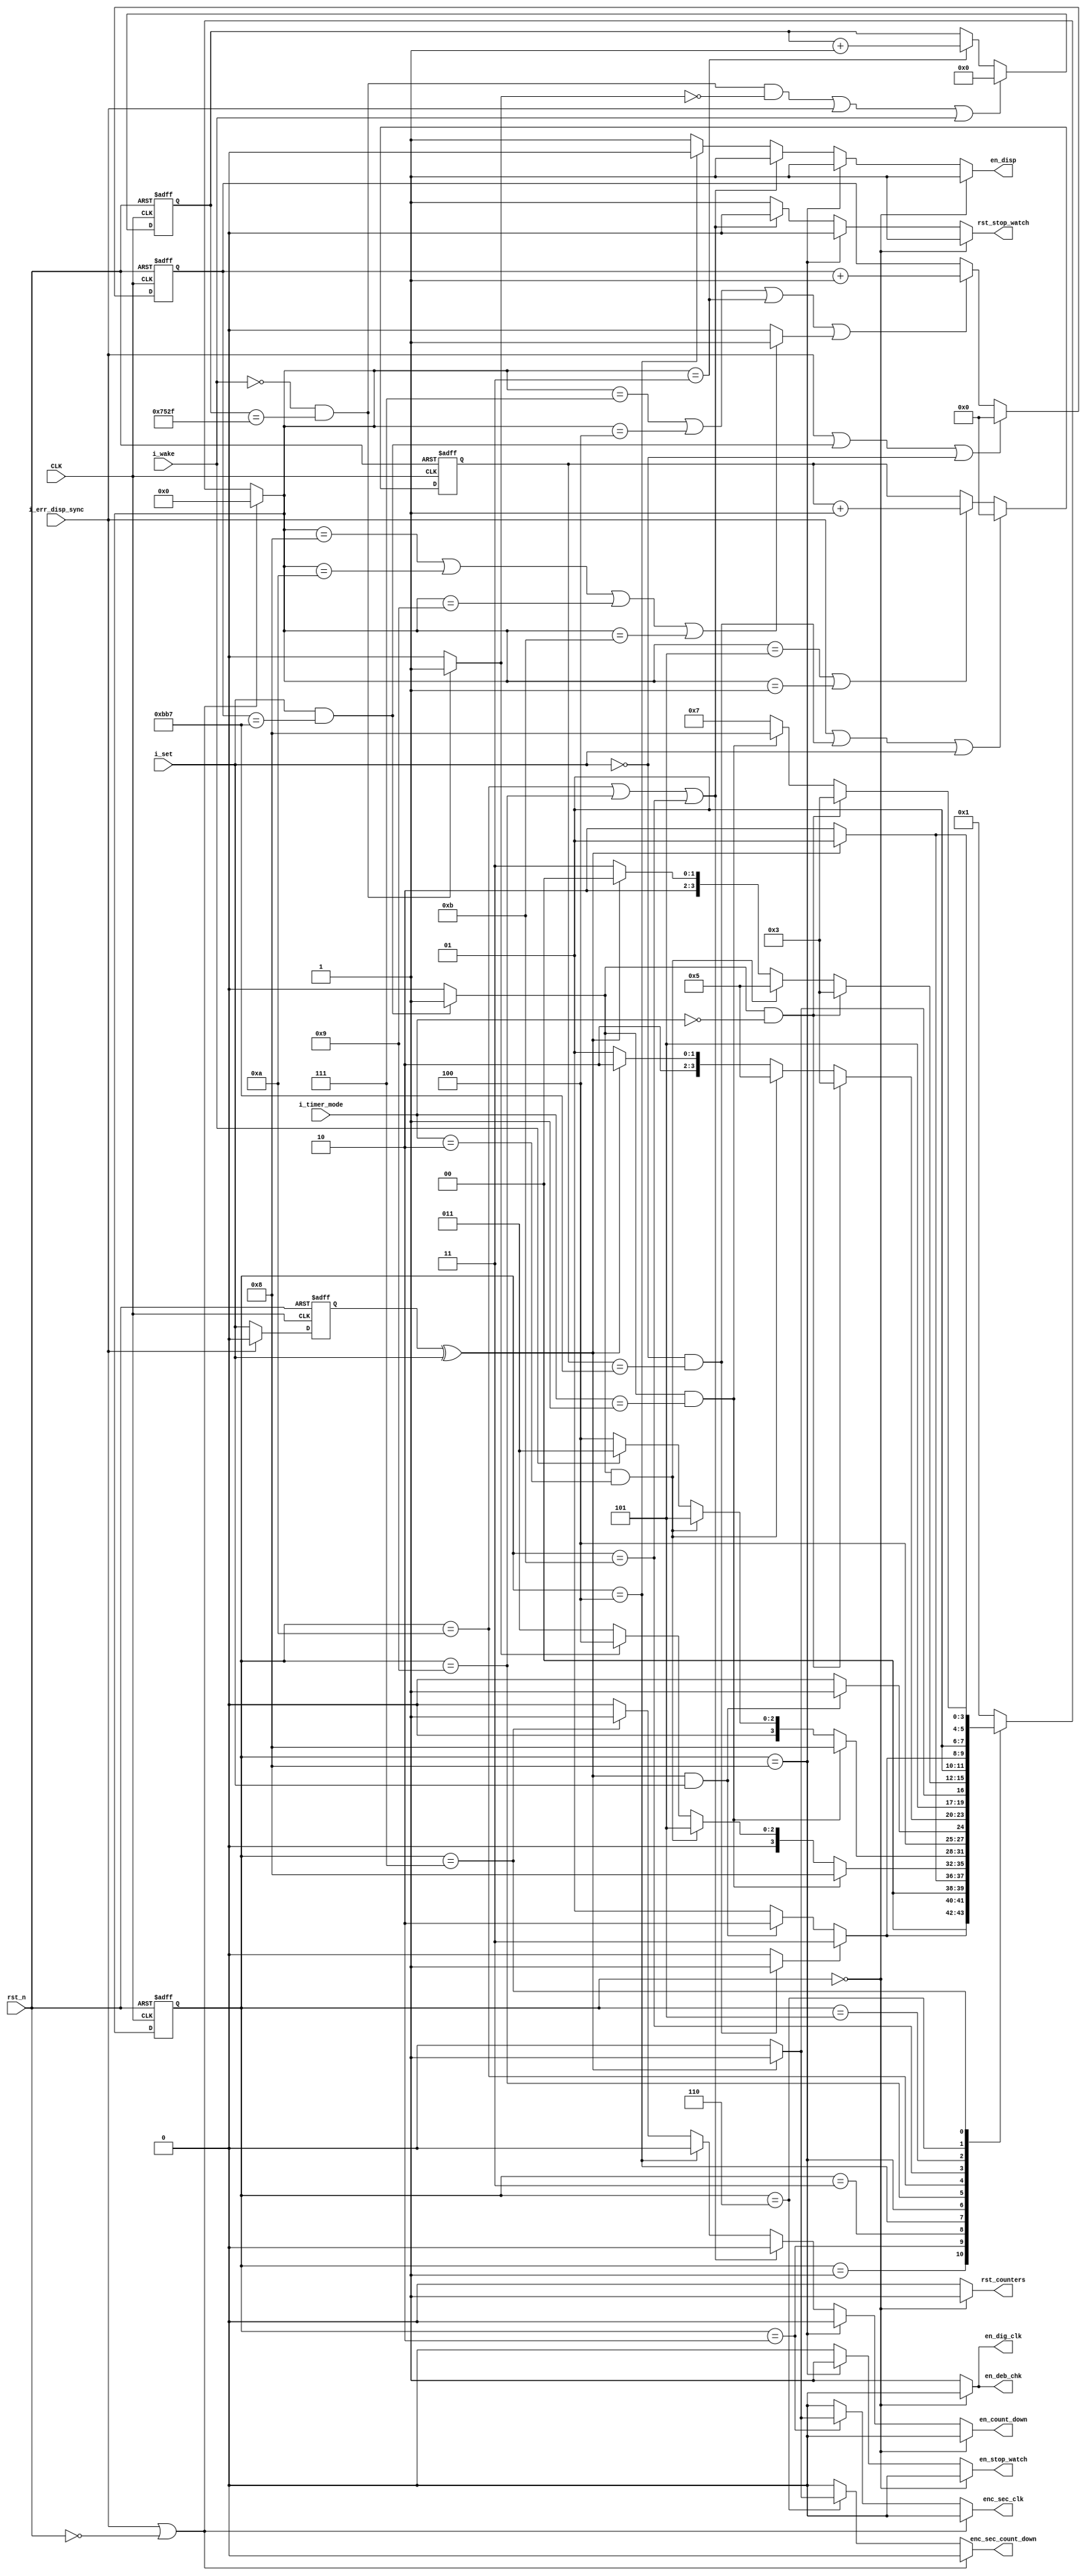
module FSM (
	input  wire rst_n,
	input  wire CLK, // 1KHz

	input  wire 	  i_set,
	input  wire 	  i_wake,
	input  wire [1:0] i_timer_mode,
	input  wire 	  i_err_disp_sync,

	output reg        rst_counters,
	output reg        en_deb_chk,
	output reg   	  en_disp,
	output reg   	  en_dig_clk,
	output reg   	  enc_sec_clk,
	output reg   	  en_stop_watch,
	output reg   	  rst_stop_watch,
	output reg   	  en_count_down,
	output reg   	  enc_sec_count_down
);

localparam SYS_RST            = 4'b0000;

localparam DIG_CLK_CONFIG     = 4'b0001;
localparam DIG_CLK_ENC        = 4'b0010;
localparam DIG_CLK_MODE       = 4'b0011;
localparam SLEEP              = 4'b0100;

localparam COUNT_DOWN_CONFIG  = 4'b0101;
localparam COUNT_DOWN_ENC     = 4'b0110;
localparam COUNT_DOWN_MODE    = 4'b0111;

localparam STOP_WATCH_ON      = 4'b1000;
localparam STOP_WATCH_STEADY1 = 4'b1001;
localparam STOP_WATCH_OFF     = 4'b1010;
localparam STOP_WATCH_STEADY2 = 4'b1011;

// Counters
reg  [14:0] count_30secs;
reg  [11:0] count_3secs_active;
reg  [11:0] count_3secs_idle;

// States 
reg [3:0]   CS;
reg [3:0]   NS;

wire        stp_watch_states;

wire pulse_gen;
wire kept_pressed;
reg  btn_pressed;

// Flags
wire        flag_30secs;
wire        flag_3secs_active; // For i_set kept pressed   for 3 secs
wire        flag_3secs_idle;   // For i_set kept unpressed for 3 secs

assign stp_watch_states = (NS == STOP_WATCH_ON || NS == STOP_WATCH_OFF || NS == STOP_WATCH_STEADY1 || NS == STOP_WATCH_STEADY2)? 1'b1:1'b0;

// Calculate three seconds out of 1KHz
always @(posedge CLK,negedge rst_n) begin
	if (!rst_n) begin
		count_3secs_active <= 12'd0;
	end
	else if (i_err_disp_sync || (i_set && count_3secs_active == 12'd2999) || !i_set) begin
		count_3secs_active <= 12'd0;
	end
	else if (NS == COUNT_DOWN_MODE || NS == SLEEP || NS == DIG_CLK_MODE || stp_watch_states) begin
		count_3secs_active <= count_3secs_active + 1'b1;
	end
end

// Calculate three seconds out of 1KHz
always @(posedge CLK,negedge rst_n) begin
	if (!rst_n) begin
		count_3secs_idle <= 12'd0;
	end
	else if (i_err_disp_sync || (!i_set && count_3secs_idle == 12'd2999) || i_set) begin
		count_3secs_idle <= 12'd0;
	end
	else if (NS == COUNT_DOWN_CONFIG || NS == DIG_CLK_CONFIG) begin
		count_3secs_idle <= count_3secs_idle + 1'b1;
	end
end

// Calculate thirty seconds out of 1KHz
always @(posedge CLK,negedge rst_n) begin
	if (!rst_n) begin
		count_30secs  <= 12'd0;
	end
	else if ((count_30secs == 15'd29999 && !i_wake && !flag_30secs) || i_err_disp_sync || i_wake) begin
		count_30secs  <= 12'd0;
	end
	else if (NS == DIG_CLK_MODE) begin
		count_30secs  <= count_30secs + 1'b1;
	end
end

// Generate a pulse from i_set to detect a press
always @(posedge CLK,negedge rst_n) begin
	if (!rst_n) begin
		btn_pressed <= 1'b0;
	end
	else if (i_err_disp_sync) begin
		btn_pressed <= 1'b0;
	end
	else begin
		btn_pressed <= i_set;
	end
end

assign pulse_gen    = btn_pressed ^ i_set;
assign kept_pressed = i_set       & btn_pressed;

assign flag_3secs_active  = ( i_set  && count_3secs_active  == 12'd2999)?  1'b1:1'b0;
assign flag_3secs_idle    = (!i_set  && count_3secs_idle    == 12'd2999)?  1'b1:1'b0;
assign flag_30secs        = (!i_wake && count_30secs        == 15'd29999)? 1'b1:1'b0;

// State Registering
always @(posedge CLK,negedge rst_n) begin
	if(!rst_n) begin
		CS <= SYS_RST;
	end 
	else begin
		CS <= NS;
	end
end

// States Transition
always @(*) begin
	enc_sec_clk        = 1'b0;
	enc_sec_count_down = 1'b0;
	if (i_err_disp_sync || !rst_n) begin
		NS = SYS_RST;
	end
	else begin
		NS = DIG_CLK_CONFIG;
		case (CS)
			DIG_CLK_CONFIG: begin
				if (flag_3secs_idle) begin
					NS = DIG_CLK_MODE;
				end
				else if (pulse_gen && i_set) begin
					NS = DIG_CLK_ENC;
				end
				else begin
					NS = DIG_CLK_CONFIG;
				end
			end
			DIG_CLK_ENC: begin
				if (pulse_gen) begin
					NS          = DIG_CLK_CONFIG;
					enc_sec_clk = 1'b1;
				end
				else begin
					NS          = DIG_CLK_ENC; 
					enc_sec_clk = 1'b0; 
				end
			end
			DIG_CLK_MODE: begin
				if (flag_3secs_active && i_timer_mode == 2'b01) begin
					NS = STOP_WATCH_ON;
				end
				else if (flag_3secs_active && i_timer_mode == 2'b10) begin
					NS = COUNT_DOWN_CONFIG;
				end
				else if (flag_30secs) begin
					NS = SLEEP;
				end
				else begin
					NS = DIG_CLK_MODE;
				end
			end
			SLEEP: begin
				if (flag_3secs_active && i_timer_mode == 2'b01) begin
					NS = STOP_WATCH_ON;
				end
				else if (flag_3secs_active && i_timer_mode == 2'b10) begin
					NS = COUNT_DOWN_CONFIG;
				end
				else if (i_wake) begin
					NS = DIG_CLK_MODE;
				end
				else begin
					NS = SLEEP;
				end
			end
			STOP_WATCH_ON: begin
				if (pulse_gen && i_set) begin
					NS = STOP_WATCH_STEADY1;
				end
				else begin
					NS = STOP_WATCH_ON;
				end
			end
			STOP_WATCH_STEADY1: begin
				if (flag_3secs_active && i_timer_mode == 2'b00) begin
					NS = DIG_CLK_MODE;
				end
				else if (flag_3secs_active && i_timer_mode == 2'b10) begin
					NS = COUNT_DOWN_CONFIG;
				end
				else if (pulse_gen) begin
					NS = STOP_WATCH_OFF;
				end
				else begin
					NS = STOP_WATCH_STEADY1;
				end
			end
			STOP_WATCH_OFF: begin
				if (pulse_gen) begin
					NS = STOP_WATCH_STEADY2;
				end
				else begin
					NS = STOP_WATCH_OFF;
				end
			end
			STOP_WATCH_STEADY2: begin
				if (flag_3secs_active && i_timer_mode == 2'b00) begin
					NS = DIG_CLK_MODE;
				end
				else if (flag_3secs_active && i_timer_mode == 2'b10) begin
					NS = COUNT_DOWN_CONFIG;
				end
				else if (pulse_gen) begin
					NS = STOP_WATCH_ON;
				end
				else begin
					NS = STOP_WATCH_STEADY2;
				end
			end
			COUNT_DOWN_CONFIG: begin
				if (flag_3secs_idle) begin
					NS = COUNT_DOWN_MODE;
				end
				else if (pulse_gen && i_set) begin
					NS = COUNT_DOWN_ENC;
				end
				else begin
					NS = COUNT_DOWN_CONFIG;
				end
			end
			COUNT_DOWN_ENC: begin
				if (pulse_gen) begin
					NS                 = COUNT_DOWN_CONFIG;
					enc_sec_count_down = 1'b1;
				end
				else begin
					NS = COUNT_DOWN_ENC; 
					enc_sec_count_down = 1'b0; 
				end
			end
			COUNT_DOWN_MODE: begin
				if (flag_3secs_active && i_timer_mode == 2'b00) begin
					NS = DIG_CLK_MODE;
				end
				else if (flag_3secs_active && i_timer_mode == 2'b01) begin
					NS = STOP_WATCH_ON;
				end
				else begin
					NS = COUNT_DOWN_MODE;
				end
			end
			default: begin
				NS = DIG_CLK_CONFIG;
			end
		endcase
	end

end

// FSM Output
always @(*) begin

	// Default Values
	en_disp            = 1'b1;
	en_dig_clk         = 1'b1;
	en_stop_watch      = 1'b0;
	rst_stop_watch     = 1'b1;
	en_count_down      = 1'b0;
	en_deb_chk         = 1'b1;
	rst_counters       = 1'b0;

	if (CS == SYS_RST) begin
		en_deb_chk     = 1'b0;
		rst_counters   = 1'b1;
		en_dig_clk     = 1'b0; 
		en_stop_watch  = 1'b0;
		en_count_down  = 1'b0;	
	end
	else if (CS == STOP_WATCH_ON) begin
		en_stop_watch  = 1'b1;
		rst_stop_watch = 1'b0;
	end
	else if (CS == STOP_WATCH_OFF || CS == STOP_WATCH_STEADY1 || CS == STOP_WATCH_STEADY2) begin
		rst_stop_watch = 1'b0;
	end
	else if (CS == SLEEP) begin
		en_disp       = 1'b0;
	end
	else if (CS == COUNT_DOWN_MODE) begin
		en_count_down = 1'b1;
	end
	else begin
		en_disp        = 1'b1;
		en_dig_clk     = 1'b1;
		en_stop_watch  = 1'b0;
		rst_stop_watch = 1'b1;
		en_count_down  = 1'b0;
		en_deb_chk     = 1'b1;
		rst_counters   = 1'b0;
	end
end

endmodule